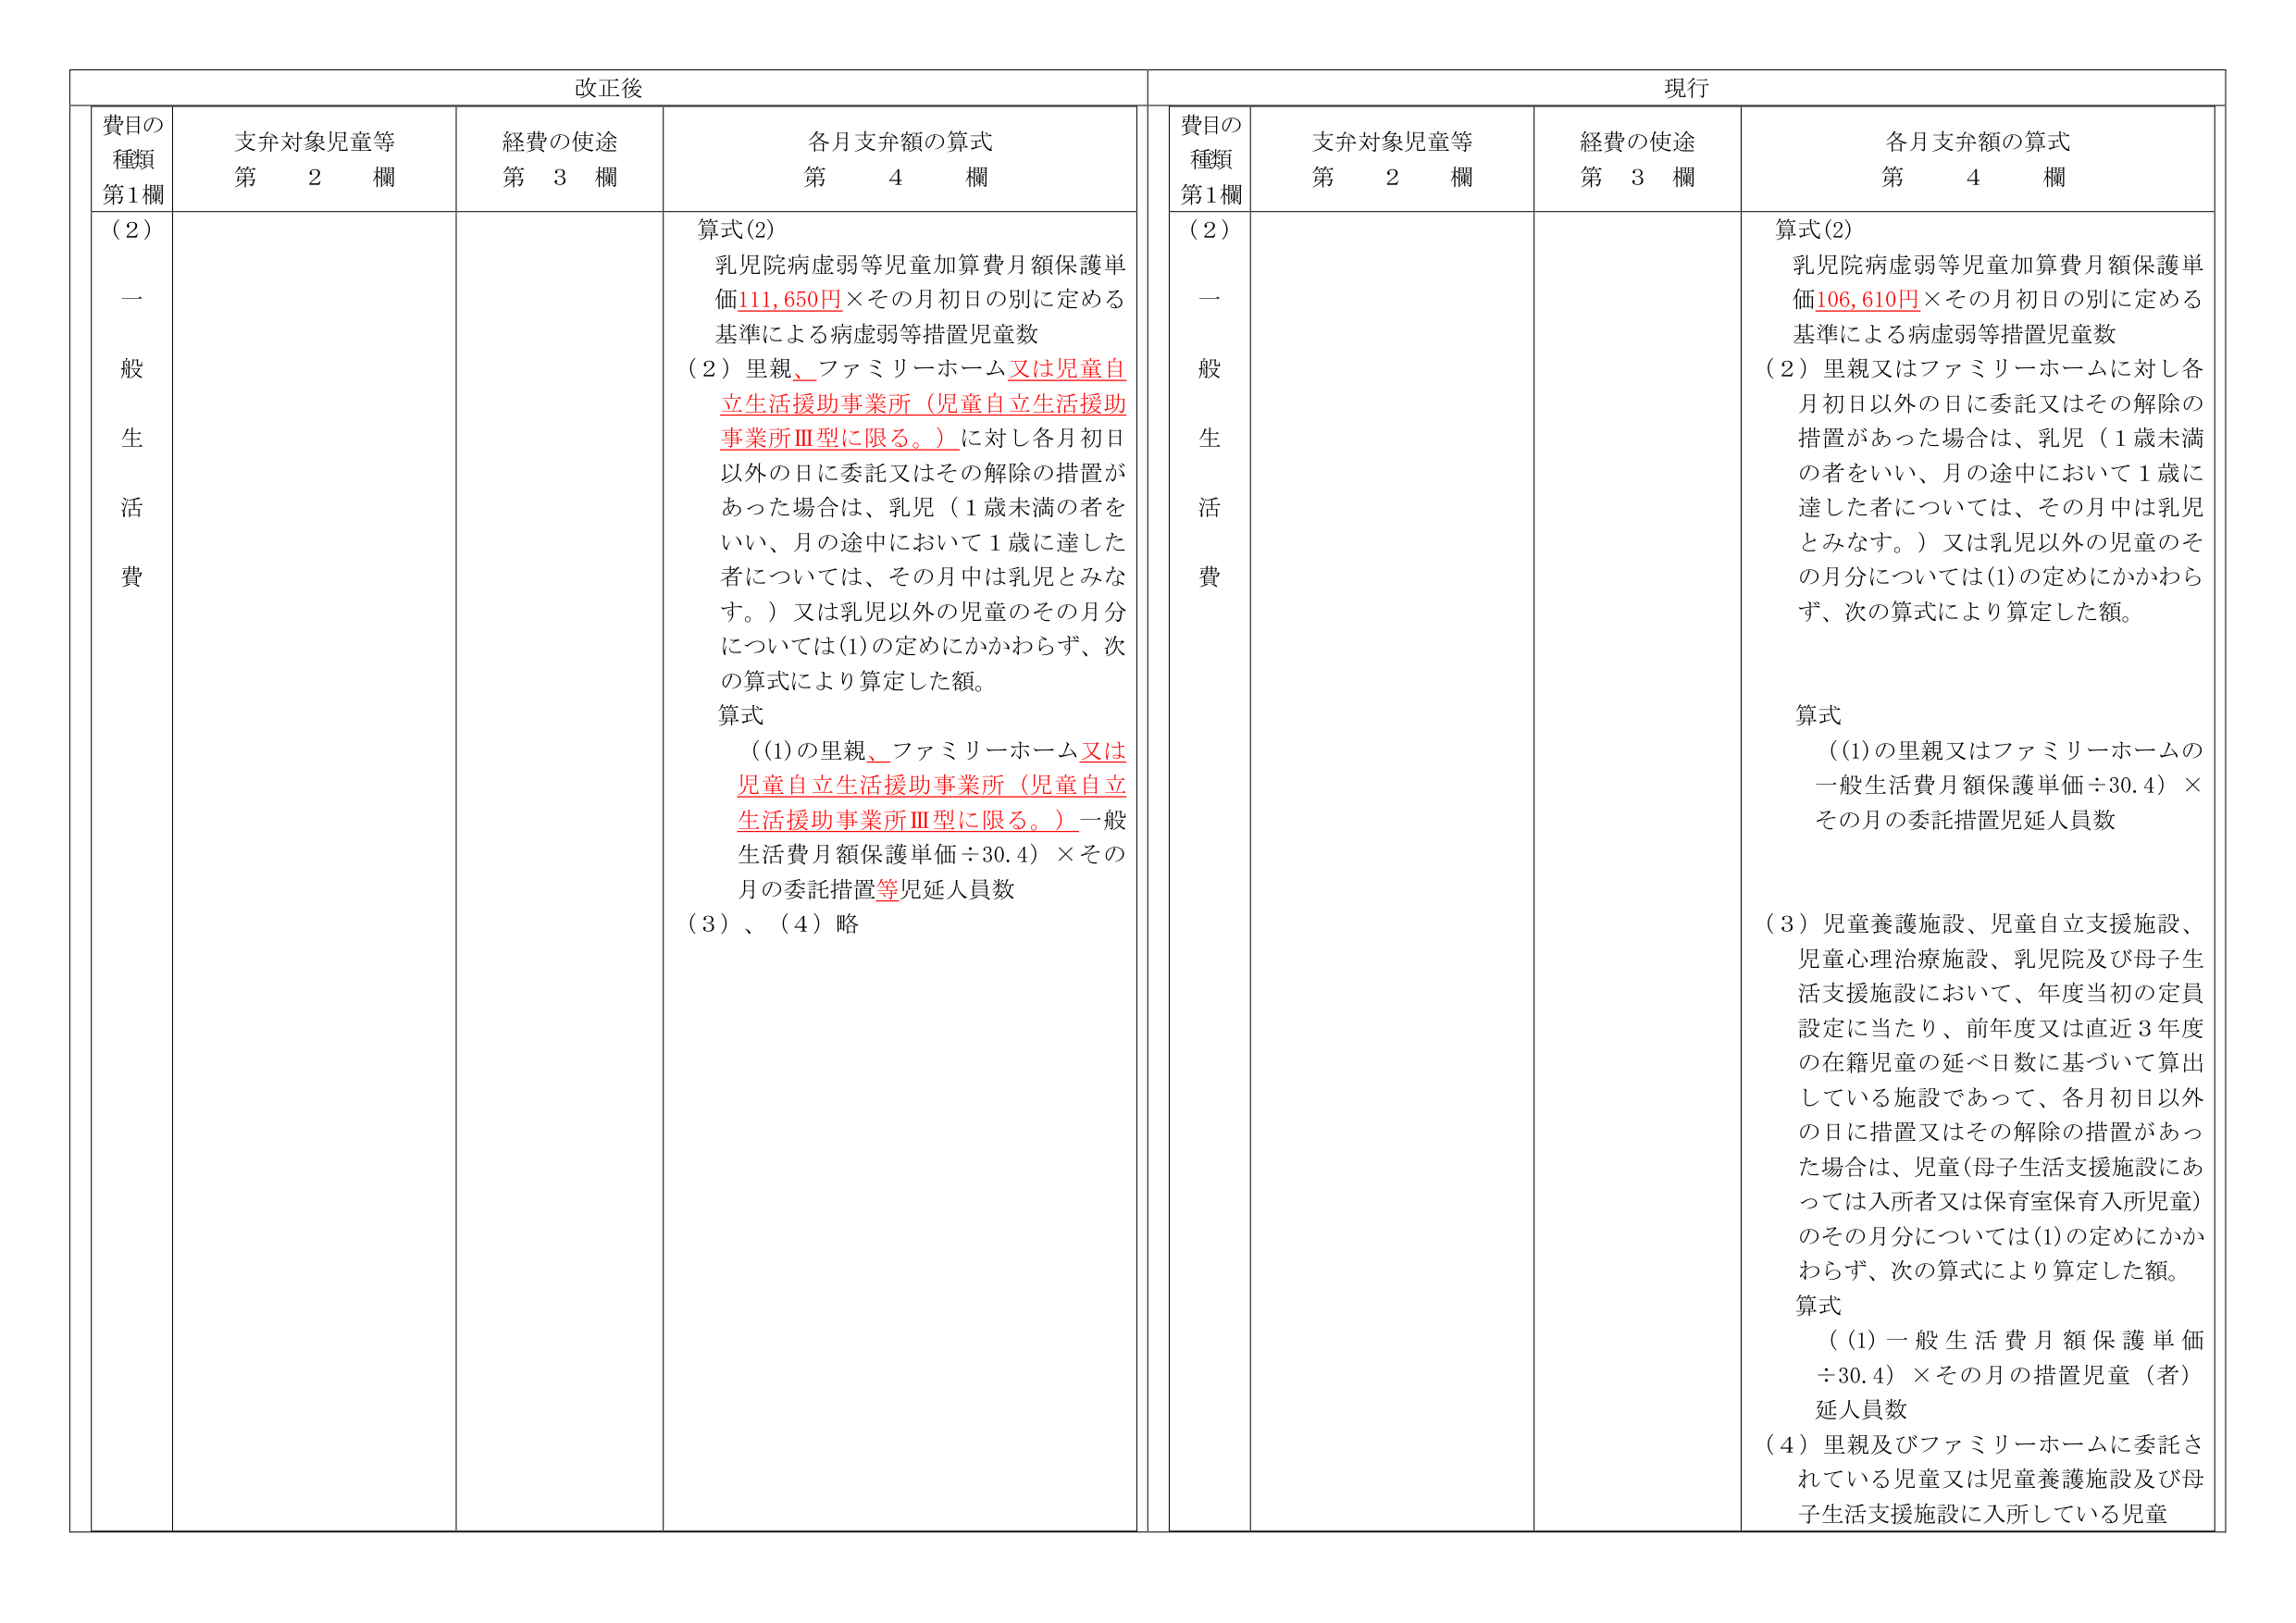
改正後

費目の種類
第1欄

支弁対象児童等
第 2 欄

経費の使途
第 3 欄

各月支弁額の算式
第 4 欄

（2）
一般生活費

算式(2)
乳児院病虚弱等児童加算費月額保護単価111,650円×その月初日の別に定める基準による病虚弱等措置児童数
（2）里親、ファミリーホーム又は児童自立生活援助事業所（児童自立生活援助事業所Ⅲ型に限る。）に対し各月初日以外の日に委託又はその解除の措置があった場合は、乳児（1歳未満の者をいい、月の途中において1歳に達した者については、その月中は乳児とみなす。）又は乳児以外の児童のその月分については(1)の定めにかかわらず、次の算式により算定した額。
算式
（(1)の里親、ファミリーホーム又は児童自立生活援助事業所（児童自立生活援助事業所Ⅲ型に限る。）一般生活費月額保護単価÷30.4）×その月の委託措置等児延人員数
（3）、（4）略

現行

費目の種類
第1欄

支弁対象児童等
第 2 欄

経費の使途
第 3 欄

各月支弁額の算式
第 4 欄

（2）
一般生活費

算式(2)
乳児院病虚弱等児童加算費月額保護単価106,610円×その月初日の別に定める基準による病虚弱等措置児童数
（2）里親又はファミリーホームに対し各月初日以外の日に委託又はその解除の措置があった場合は、乳児（1歳未満の者をいい、月の途中において1歳に達した者については、その月中は乳児とみなす。）又は乳児以外の児童のその月分については(1)の定めにかかわらず、次の算式により算定した額。
算式
（(1)の里親又はファミリーホームの一般生活費月額保護単価÷30.4）×その月の委託措置児延人員数
（3）児童養護施設、児童自立支援施設、児童心理治療施設、乳児院及び母子生活支援施設において、年度当初の定員設定に当たり、前年度又は直近3年度の在籍児童の延べ日数に基づいて算出している施設であって、各月初日以外の日に措置又はその解除の措置があった場合は、児童（母子生活支援施設にあっては入所者又は保育室保育入所児童）のその月分については(1)の定めにかかわらず、次の算式により算定した額。
算式
（(1)一般生活費月額保護単価÷30.4）×その月の措置児童（者）延人員数
（4）里親及びファミリーホームに委託されている児童又は児童養護施設及び母子生活支援施設に入所している児童